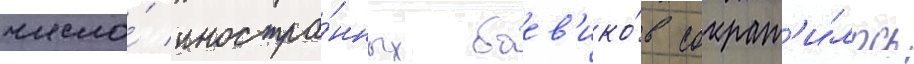
число́ иностра́нных боев'ико́в сократ'и́лось